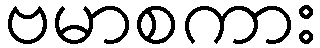
ဗမာစကား